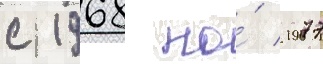
с 1968 по́ 1977